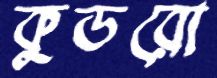
কুডরো